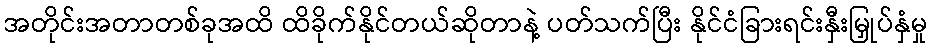
အတိုင်းအတာတစ်ခုအထိ ထိခိုက်နိုင်တယ်ဆိုတာနဲ့ ပတ်သက်ပြီး နိုင်ငံခြားရင်းနှီးမြှုပ်နှံမှု